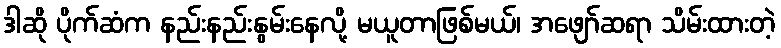
ဒါဆို ပိုက်ဆံက နည်းနည်းနွမ်းနေလို့ မယူတာဖြစ်မယ်၊ အဖျော်ဆရာ သိမ်းထားတဲ့